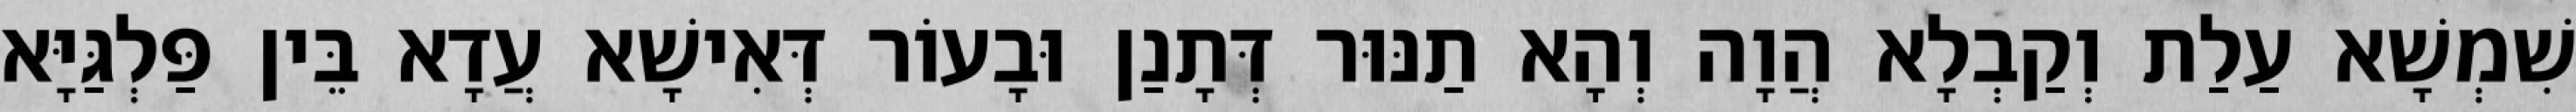
שִׁמְשָׁא עַלַת וְקַבְלָא הֲוָה וְהָא תַנּוּר דְּתָנַן וּבָעוֹר דְּאִישָׁא עֲדָא בֵּין פַּלְגַּיָּא